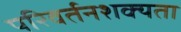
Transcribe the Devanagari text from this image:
परिवर्तनशक्यता